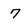
Character: 7